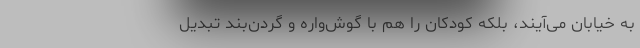
به خیابان می‌آیند، بلکه کودکان را هم با گوش‌واره و گردن‌بند تبدیل